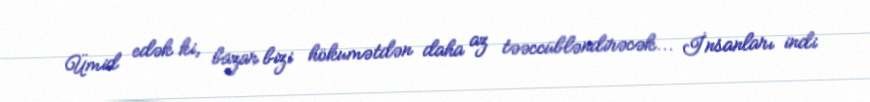
Ümid edək ki, bazar bizi hökumətdən daha az təəccübləndirəcək... İnsanları indi